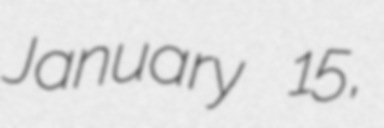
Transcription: January 15,